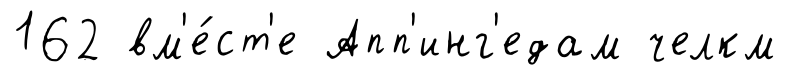
162 вм'е́ст'е Апп'инг'едам челкм